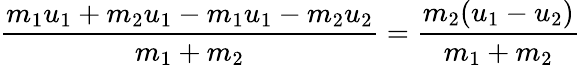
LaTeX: {\frac{m_{1}u_{1}+m_{2}u_{1}-m_{1}u_{1}-m_{2}u_{2}}{m_{1}+m_{2}}}={\frac{m_{2}(u_{1}-u_{2})}{m_{1}+m_{2}}}